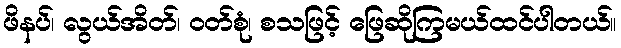
ဖိနပ်၊ လွယ်အိတ်၊ ဝတ်စုံ၊ စသဖြင့် ဖြေဆိုကြမယ်ထင်ပါတယ်။